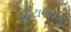
મોટાભાગના